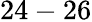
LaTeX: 24-26